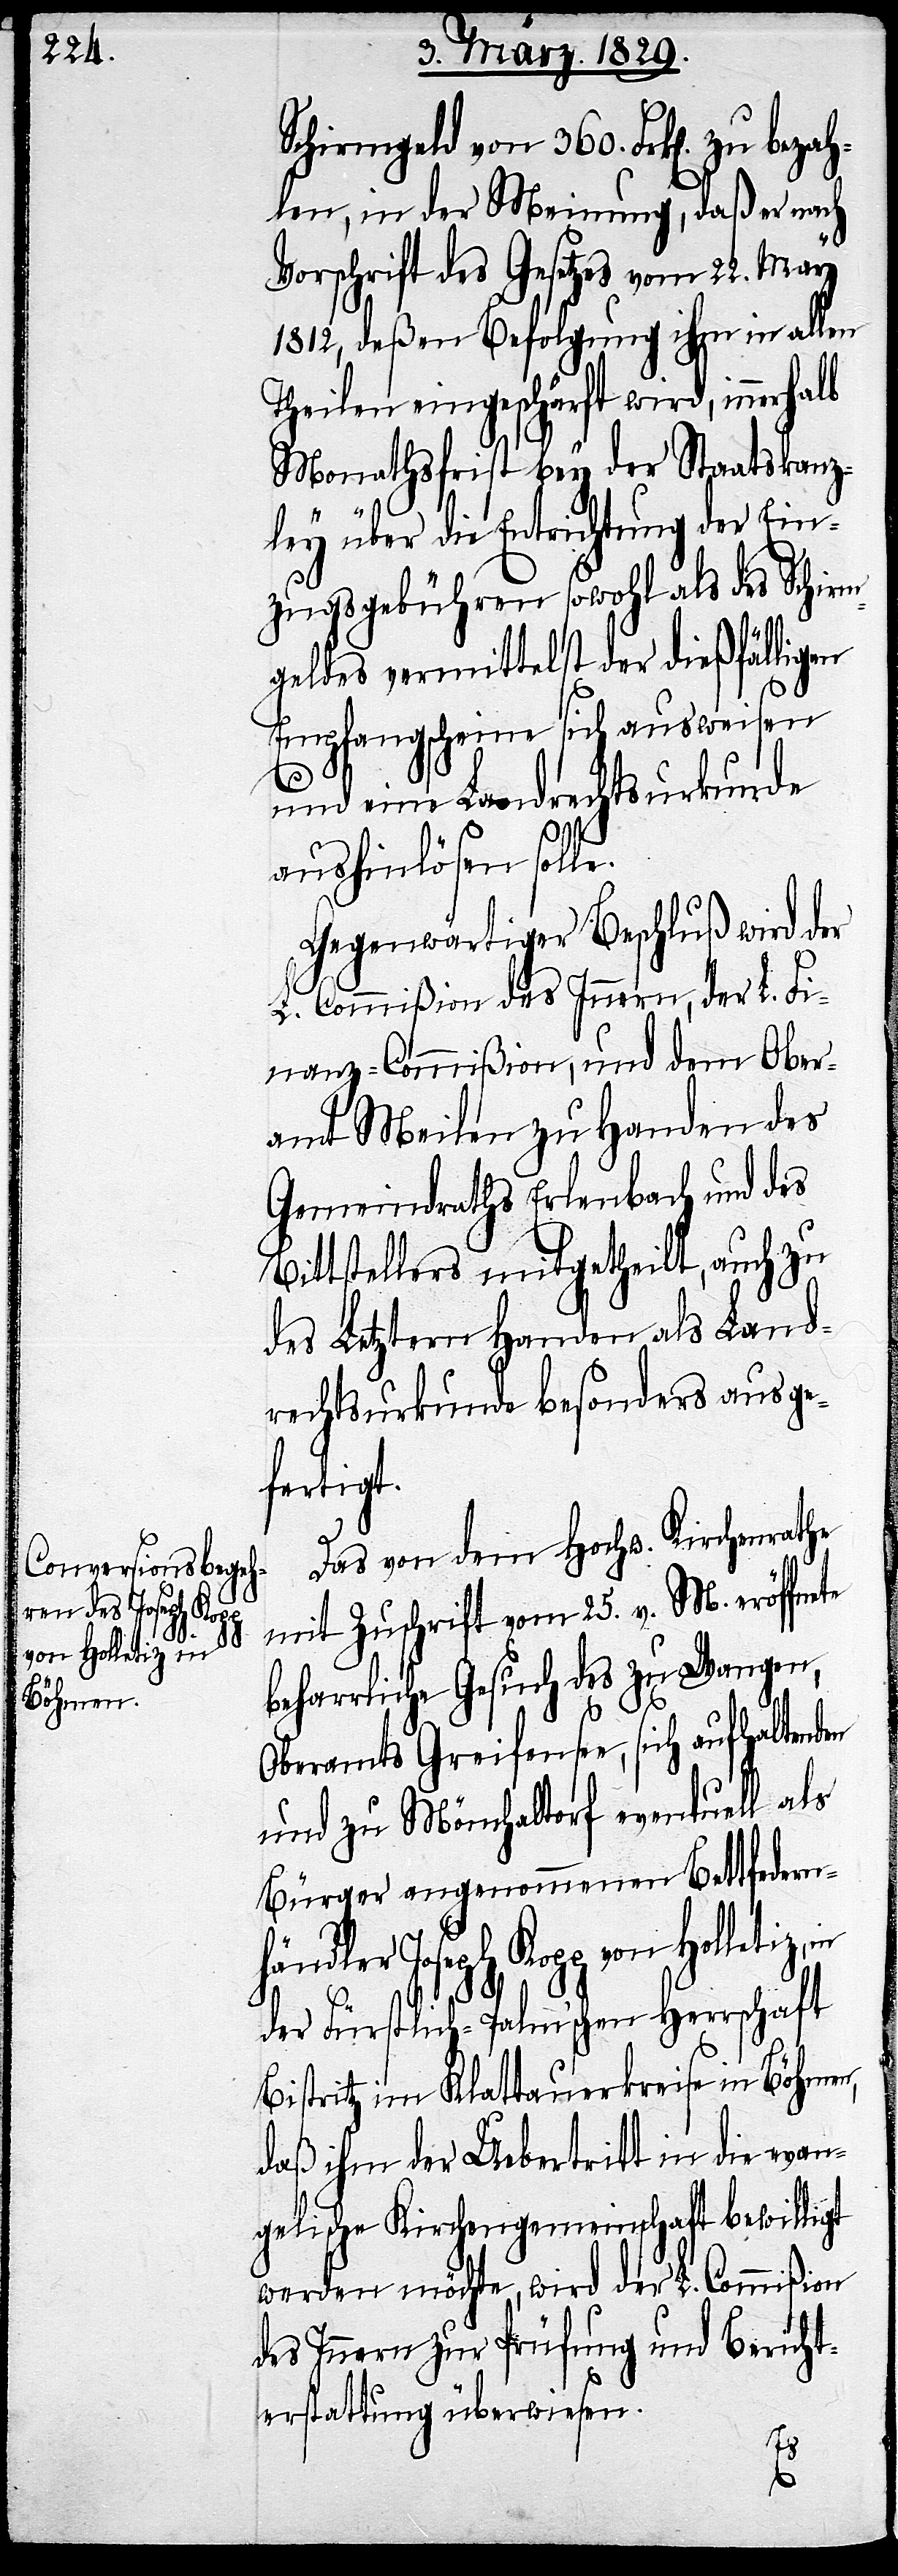
händler Joseph Kopp
von Holletiz, in

Schirmgeld von 360. Frk[en]. zu bez¬
ahlen, in der Meinung, daß er nach
Vorschrift des Gesetzes vom 22. May
1812, deßen Befolgung ihm in allen
Theilen eingeschärft wird, innerh¬
Monathsfrist bey der Staatskanz¬
alb
ley über die Entrichtung der Ein¬
zugsgebühren sowohl als des Schirm¬
geldes vermittelst der dießfälligen
Empfangsscheine sich ausweisen
und eine Landrechtsurkunde
aushinlösen solle.
Gegenwärtiger Beschluß wird der
L. Commißion des Innern, der L. Fi¬
nanz-Commißion, und dem Ober¬
amt Meilen zu Handen des
Gemeindraths Erlenbach und des
Bittstellers mitgetheilt, auch zu
des Letztern Handen als Land¬
rechtsurkunde besonders ausge¬
fertigt.
te
Das von dem Hochw. Kirchenrathe
mit Zuschrift vom 25. v. M. eröffne¬
beharrliche Gesuch des zu Wangen,
Oberamts Greifensee, sich aufhaltenden
und zu Mönchaltorf eventuell als
Bürger angenommenen Bettfedern¬
der Fürstlich-Palm’schen Herrschaft
Bistritz im Klattauerkreise in Böhmen,
daß ihm der Uebertritt in die evan¬
gelische Kirchengemeinde bewilligt
werden möchte, wird der L. Commißion
des Innern zur Prüfung und Bericht¬
erstattung überwiesen.